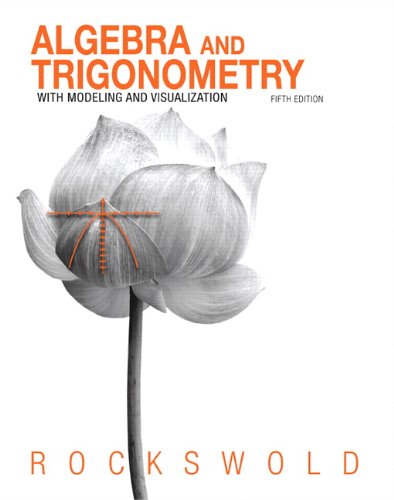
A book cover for Algebra and Trigonometry with Modeling & Visualization (5th Edition); Gary K. Rockswold; Science & Math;